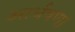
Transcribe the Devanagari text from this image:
आर्धषण।